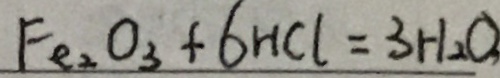
F e _ { 2 } O _ { 3 } + 6 H C l = 3 H _ { 2 } O